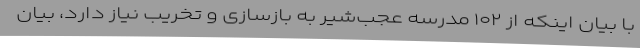
با بیان اینکه از ۱۰۲ مدرسه عجب‌شیر به بازسازی و تخریب نیاز دارد، بیان